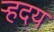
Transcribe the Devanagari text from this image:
र्‍हदय